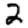
Digit: 2